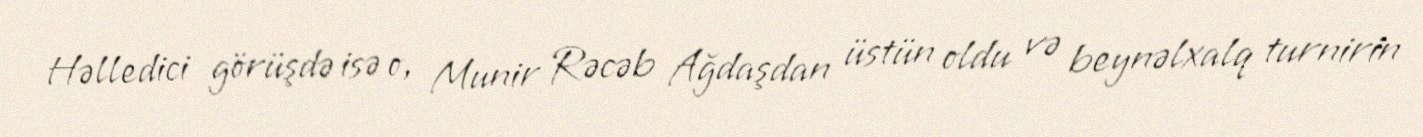
Həlledici görüşdə isə o, Munir Rəcəb Ağdaşdan üstün oldu və beynəlxalq turnirin